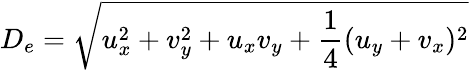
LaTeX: D_{e}=\sqrt{u_{x}^{2}+v_{y}^{2}+u_{x}v_{y}+\frac{1}{4}(u_{y}+v_{x})^{2}}